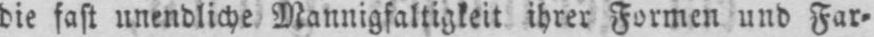
die fast unendliche Mannigfaltigkeit ihrer Formen und Far⸗